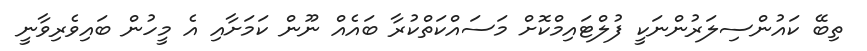
ތިބޭ ކައުންސިލަރުންނަކީ ފުލްޓައިމްކޮށް މަސައްކަތްކުރާ ބައެއް ނޫން ކަމަށާއި އެ މީހުން ބައިވެރިވާނީ